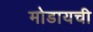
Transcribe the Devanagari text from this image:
मोडायची